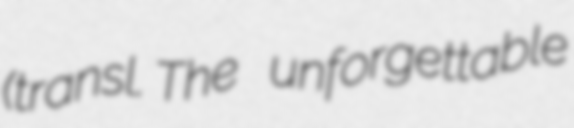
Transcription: (transl. The unforgettable